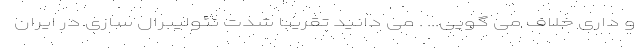
و داری خلاف می گویی... . می دانید تقریبا شدت نئولیبرال سازی در ایران